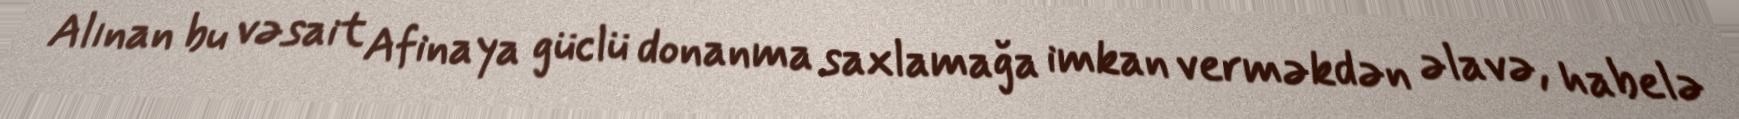
Alınan bu vəsait Afinaya güclü donanma saxlamağa imkan verməkdən əlavə, habelə